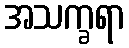
အသက္ခရာ